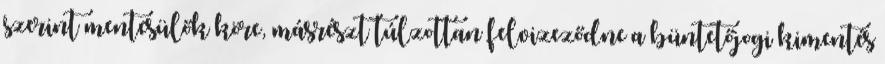
szerint mentesülők köre, másrészt túlzottan felvizeződne a büntetőjogi kimentés